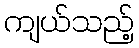
ကျယ်သည့်